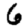
Digit: 6